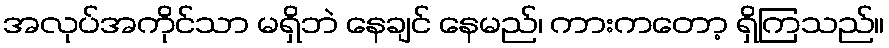
အလုပ်အကိုင်သာ မရှိဘဲ နေချင် နေမည်၊ ကားကတော့ ရှိကြသည်။